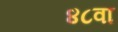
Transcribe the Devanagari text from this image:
४८वा